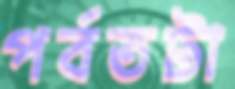
পর্বতটা